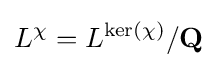
L^{\chi }=L^{\mathrm {ker} (\chi )}/\mathbf {Q}